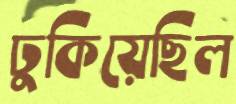
ঢুকিয়েছিল